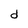
Character: d